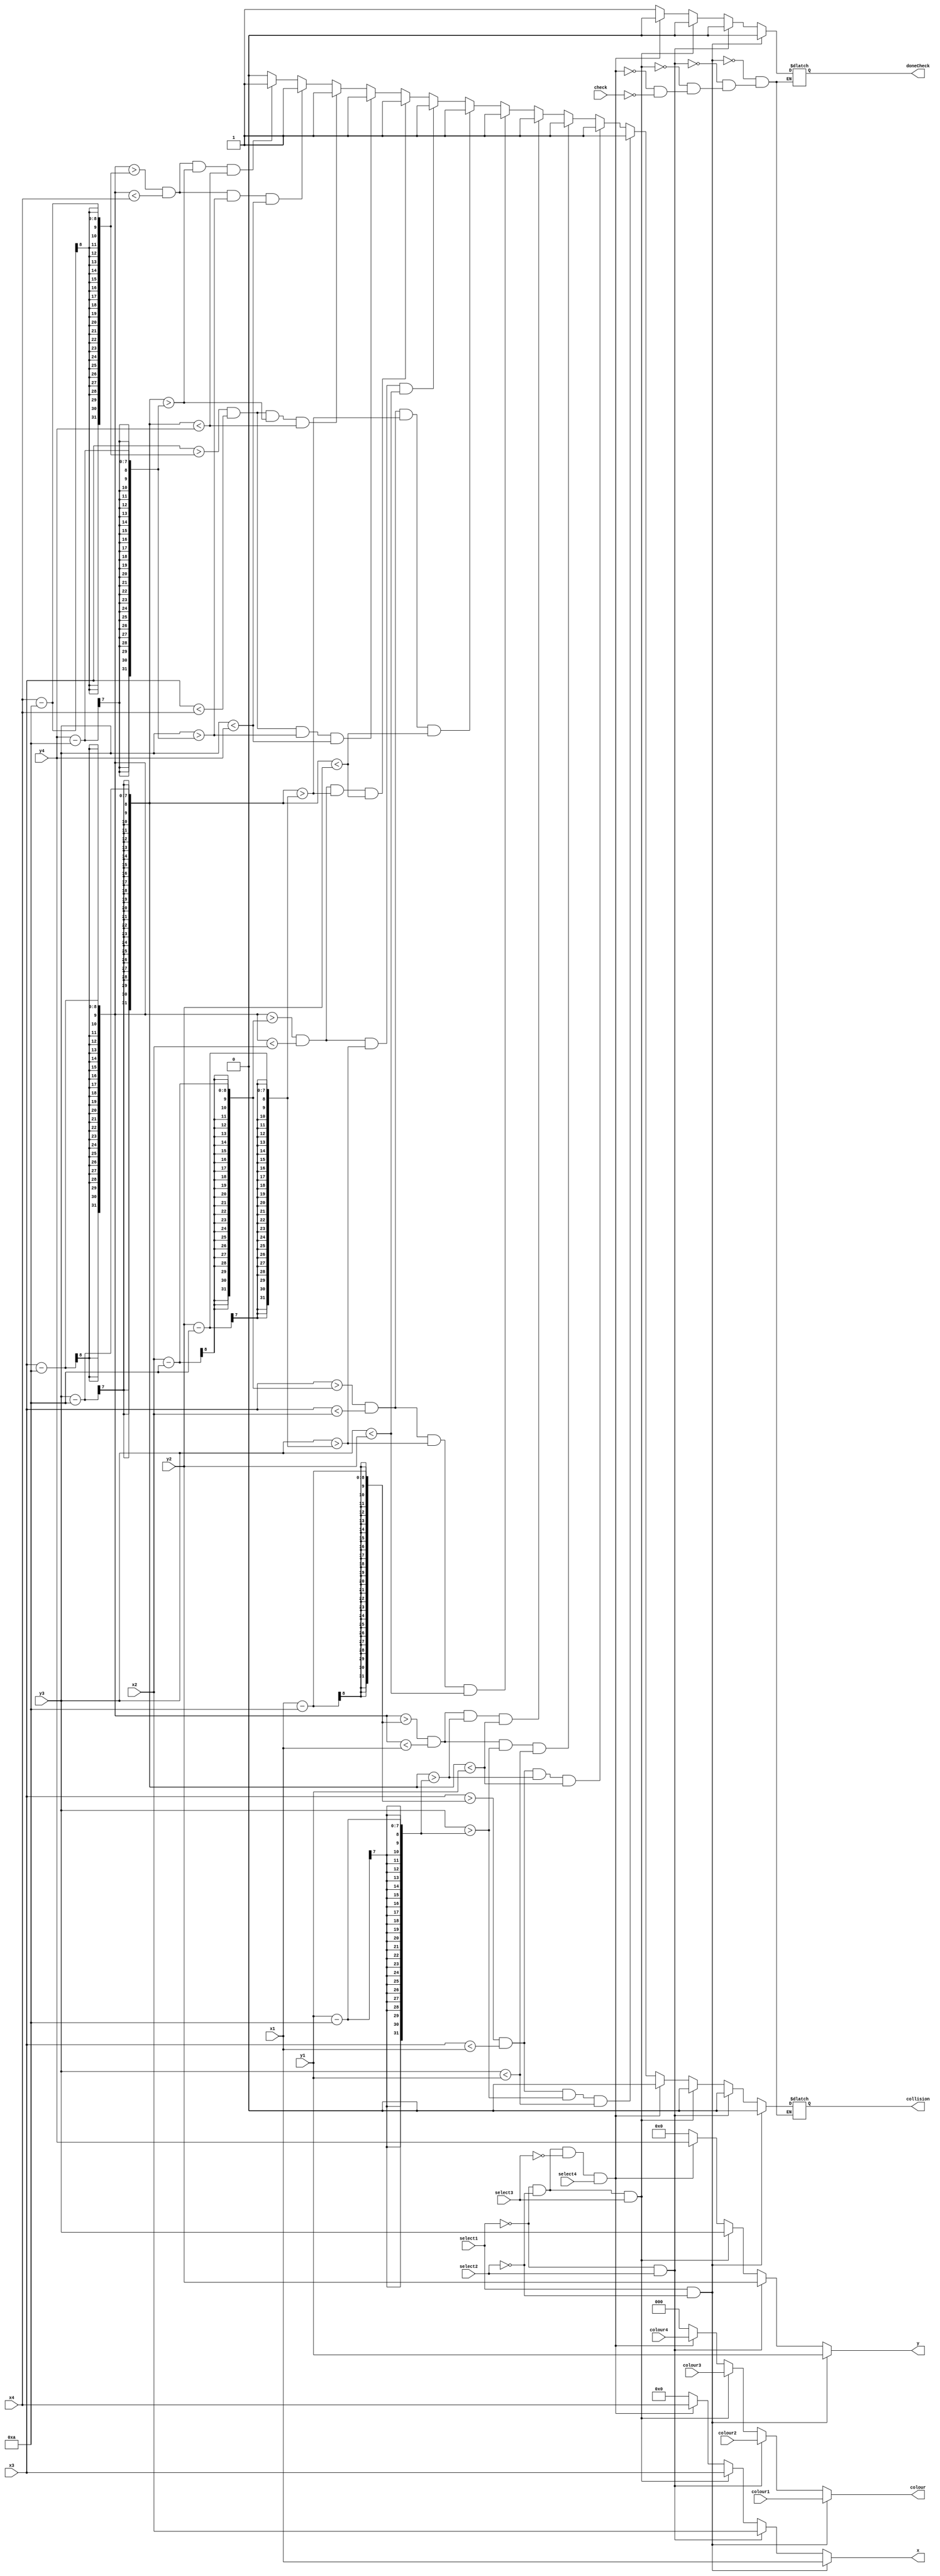
module mux_all(select1, select2, select3, colour1, colour2, colour3, colour,
	x1, x2, x3, x, y1, y2, y3, y, collision, check, doneCheck,
	select4, colour4, x4, y4);

	input [2:0] colour1, colour2, colour3;
	input [7:0] x1,x2,x3;					// x1=B, x2=A, x3=heli, x4=C
	input select1, select2, select3;
	input [6:0] y1,y2,y3;					// y1=B, y2=A, y3=heli, y4=C
	input check;
	output reg [2:0] colour;
	output reg [7:0] x;
	output reg [6:0] y;
	output reg collision, doneCheck;
	
	input select4;
	input [2:0] colour4;
	input [7:0] x4;
	input [6:0] y4;
	
	always@(*)
		if (select1 == 1 && select2 == 0) begin		// B selected
			colour <= colour1;
			x <= x1;	
			y <= y1;	
			collision <= 0;
			doneCheck <= 0;
		end
		else if (select1 == 0 && select2 ==1 )	begin	// A selected
			colour <= colour2;
			x <= x2;	
			y <= y2;	
			collision <= 0;
			doneCheck <= 0;
		end
		else if (select1==0 && select2==0 && select3==1 ) begin		// heli selected
			colour <= colour3;
			x <= x3; 
			y <= y3;
			collision <= 0;
			doneCheck <= 0;
		end
		else if (select1==0 && select2==0 && select3==0 && select4==1 ) begin		// C selected
			colour <= colour4;
			x <= x4; 
			y <= y4;
			collision <= 0;
			doneCheck <= 0;
		end
		else if(check == 1) begin
			
			// collision with blockB
			if(x3>(x1-10) && x3<x1 && y3>(y1-10) && y3<y1)	begin	// bottom-right corner of heli against blockB
				collision <= 1;
			end			
			else if(x3>(x1-10) && x3<x1 && (y3-10)>(y1-10) && (y3-10)<y1) begin	// top-right against blockB
				collision <= 1;
			end
			else if((x3-10)>(x1-10) && (x3-10)<x1 && y3>(y1-10) && y3<y1) begin	// bottom-left against blockB
				collision <= 1;
			end
			else if((x3-10)>(x1-10) && (x3-10)<x1 && (y3-10)>(y1-10) && (y3-10)<y1) begin	// bottom-right against blockB
				collision <= 1;
			end
			
			// collision with blockA
			else if(x3>(x2-10) && x3<x2 && y3>(y2-10) && y3<y2)	begin	// bottom-right corner of heli against blockB
				collision <= 1;
			end			
			else if(x3>(x2-10) && x3<x2 && (y3-10)>(y2-10) && (y3-10)<y2) begin	// top-right against blockB
				collision <= 1;
			end
			else if((x3-10)>(x2-10) && (x3-10)<x2 && y3>(y2-10) && y3<y2) begin	// bottom-left against blockB
				collision <= 1;
			end
			else if((x3-10)>(x2-10) && (x3-10)<x2 && (y3-10)>(y2-10) && (y3-10)<y2) begin	// bottom-right against blockB
				collision <= 1;
			end
			
			// collision with blockC
			else if(x3>(x4-10) && x3<x4 && y3>(y4-10) && y3<y4)	begin	// bottom-right corner of heli against blockB
				collision <= 1;
			end			
			else if(x3>(x4-10) && x3<x4 && (y3-10)>(y4-10) && (y3-10)<y4) begin	// top-right against blockB
				collision <= 1;
			end
			else if((x3-10)>(x4-10) && (x3-10)<x4 && y3>(y4-10) && y3<y4) begin	// bottom-left against blockB
				collision <= 1;
			end
			else if((x3-10)>(x4-10) && (x3-10)<x4 && (y3-10)>(y4-10) && (y3-10)<y4) begin	// bottom-right against blockB
				collision <= 1;
			end
			
			else begin
				collision <= 0;				
			end			
			doneCheck <= 1;	
			colour <= 3'b000;
			x <= 0;
			y <= 0;			
		end
		else begin
			colour <= 3'b000;
			x <= 0;
			y <= 0;
			collision <= collision;
			doneCheck <= doneCheck;
		end
endmodule